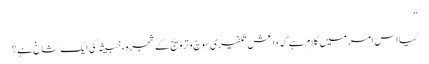
”
کیا اس امر میں کلام ہے کہ داعش تکفیری سوچ و ترویج کے شجرہء خبیثہ کی ایک شاخ ہے؟